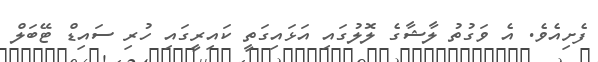
ފެށިއެވެ. އެ ވަގުތު ލާޝާގެ ލޮލުގައި އަޅައިގަތީ ކައިރީގައި ހުރި ސައިޑް ޓޭބަލް